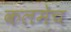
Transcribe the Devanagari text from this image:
कलमेच